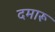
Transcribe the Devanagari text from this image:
दमारू